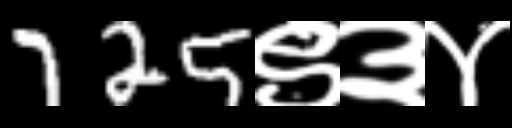
Text: 725९३४